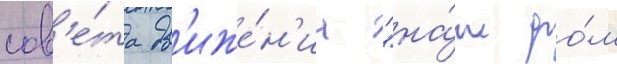
сов'е́та дв'иже́н'иа "на́ш до́м